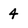
Character: 4